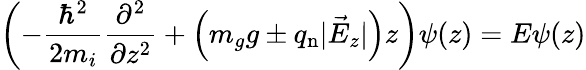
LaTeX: \left(-\frac{\hbar^{2}}{2m_{i}}\frac{\partial^{2}}{\partial z^{2}}+\left(m_{g}g\pm q_{\mathrm{n}}|\vec{E}_{z}|\right)z\right)\psi(z)=E\psi(z)